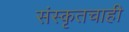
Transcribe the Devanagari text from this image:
संस्कृतचाही